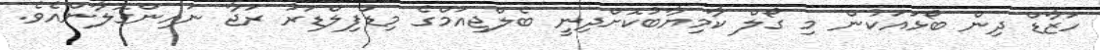
ހަޒާޑް ދިން ބޯޅައަކުން މި ގޯލް ކާމިޔާބުކޮށްދިނީ ބެލްޖިއަމްގެ މިޑްފިލްޑަރު ރަޖާ ނައިންގޮލާންއެވެ.